Vaccination in Bombay 1869-1873 - 1869-1873
Year: 1869
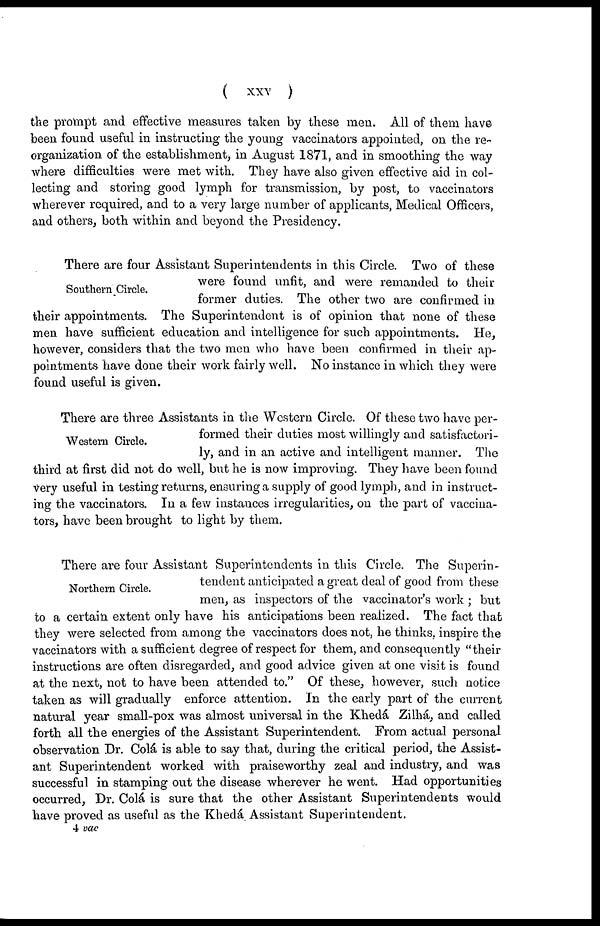
(
XXV
)
the prompt and effective measures taken by these men. All of them have
been found useful in instructing the young vaccinators appointed, on the re-
organization of the establishment in August 1871, and in smoothing the way
where difficulties were met with. They have also given effective aid in col-
lecting and storing good lymph for transmission, by post, to vaccinators
wherever required, and to a very large number of applicants, Medical Officers,
and others, both within and beyond the Presidency.
Southern Circle.
There are four Assistant Superintendents in this Circle. Two of these
were found unfit, and were remanded to their
former duties. The other two are confirmed in
their appointments. The Superintendent is of opinion that none of these
men have sufficient education and intelligence for such appointments. He,
however, considers that the two men who have been confirmed in their ap-
pointments have done their work fairly well. No instance in which they were
found useful is given.
Western Circle.
There are three Assistants in the Western Circle. Of these two have per-
formed their duties most willingly and satisfactori-
ly, and in an active and intelligent manner. The
third at first did not do well, but he is now improving. They have been found
very useful in testing returns, ensuring a supply of good lymph, and in instruct-
ing the vaccinators. In a few instances irregularities, on the part of vaccina-
tors, have been brought to light by them.
Northern Circle.
There are four Assistant Superintendents in this Circle. The Superin-
tendent anticipated a great deal of good from these
men, as inspectors of the vaccinator's work ; but
to a certain extent only have his anticipations been realized. The fact that
they were selected from among the vaccinators does not, he thinks, inspire the
vaccinators with a sufficient degree of respect for them, and consequently "their
instructions are often disregarded, and good advice given at one visit is found
at the next, not to have been attended to." Of these, however, such notice
taken as will gradually enforce attention. In the early part of the current
natural year small-pox was almost universal in the Khedá Zilhá, and called
forth all the energies of the Assistant Superintendent. From actual personal
observation Dr. Colá is able to say that, during the critical period, the Assist-
ant Superintendent worked with praiseworthy zeal and industry, and was
successful in stamping out the disease wherever he went. Had opportunities
occurred, Dr. Colá is sure that the other Assistant Superintendents would
have proved as useful as the Khedá. Assistant Superintendent.
4 vac